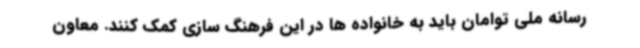
رسانه ملی توامان باید به خانواده ها در این فرهنگ سازی کمک کنند. معاون